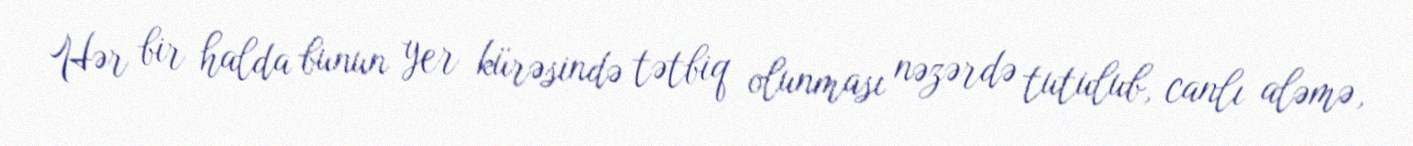
Hər bir halda bunun yer kürəsində tətbiq olunması nəzərdə tutulub, canlı aləmə,